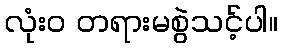
လုံး၀ တရားမစွဲသင့်ပါ။